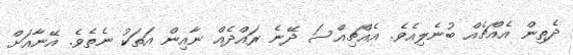
ދެތިން އެއްޗެއް ބުނެލިއެވެ. އެއްޗިއްސަ ދޭނެ ރައްދެއް ނާއިން އަތަކު ނެތެވެ. އޭނާއަށް